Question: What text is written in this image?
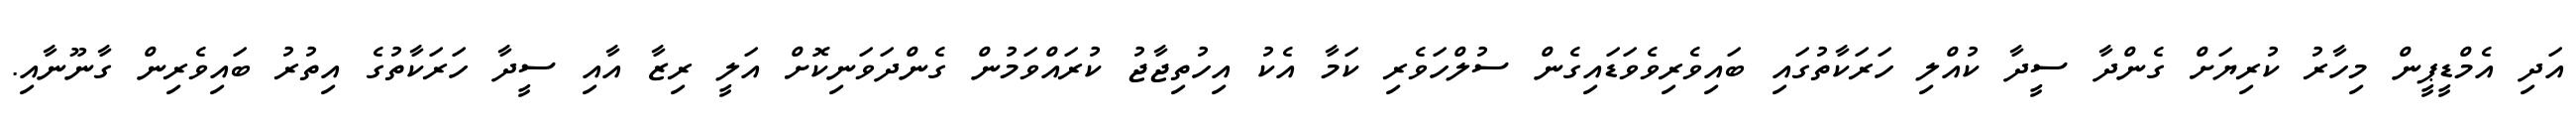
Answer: އަދި އެމްޑީޕީން މިހާރު ކުރިޔަށް ގެންދާ ސީދާ ކުއްލި ހަރަކާތުގައި ބައިވެރިވެވަޑައިގެން ސުލްހަވެރި ކަމާ އެކު އިހުތިޖާޖު ކުރައްވަމުން ގެންދަވަނިކޮށް އަލީ ރިޒާ އާއި ސީދާ ހަރަކާތުގެ އިތުރު ބައިވެރިން ގާނޫނާއި.